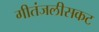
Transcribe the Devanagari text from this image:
गीतंजलीसकट